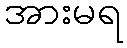
အားမရ